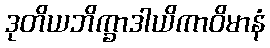
ဒုတိယဘိက္ခာဒါယိကာဝိမာနံ